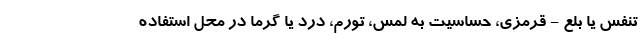
تنفس یا بلع - قرمزی، حساسیت به لمس، تورم، درد یا گرما در محل استفاده